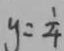
y = \frac { 1 } { 4 }